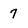
Character: 7